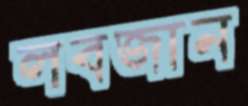
লবজান